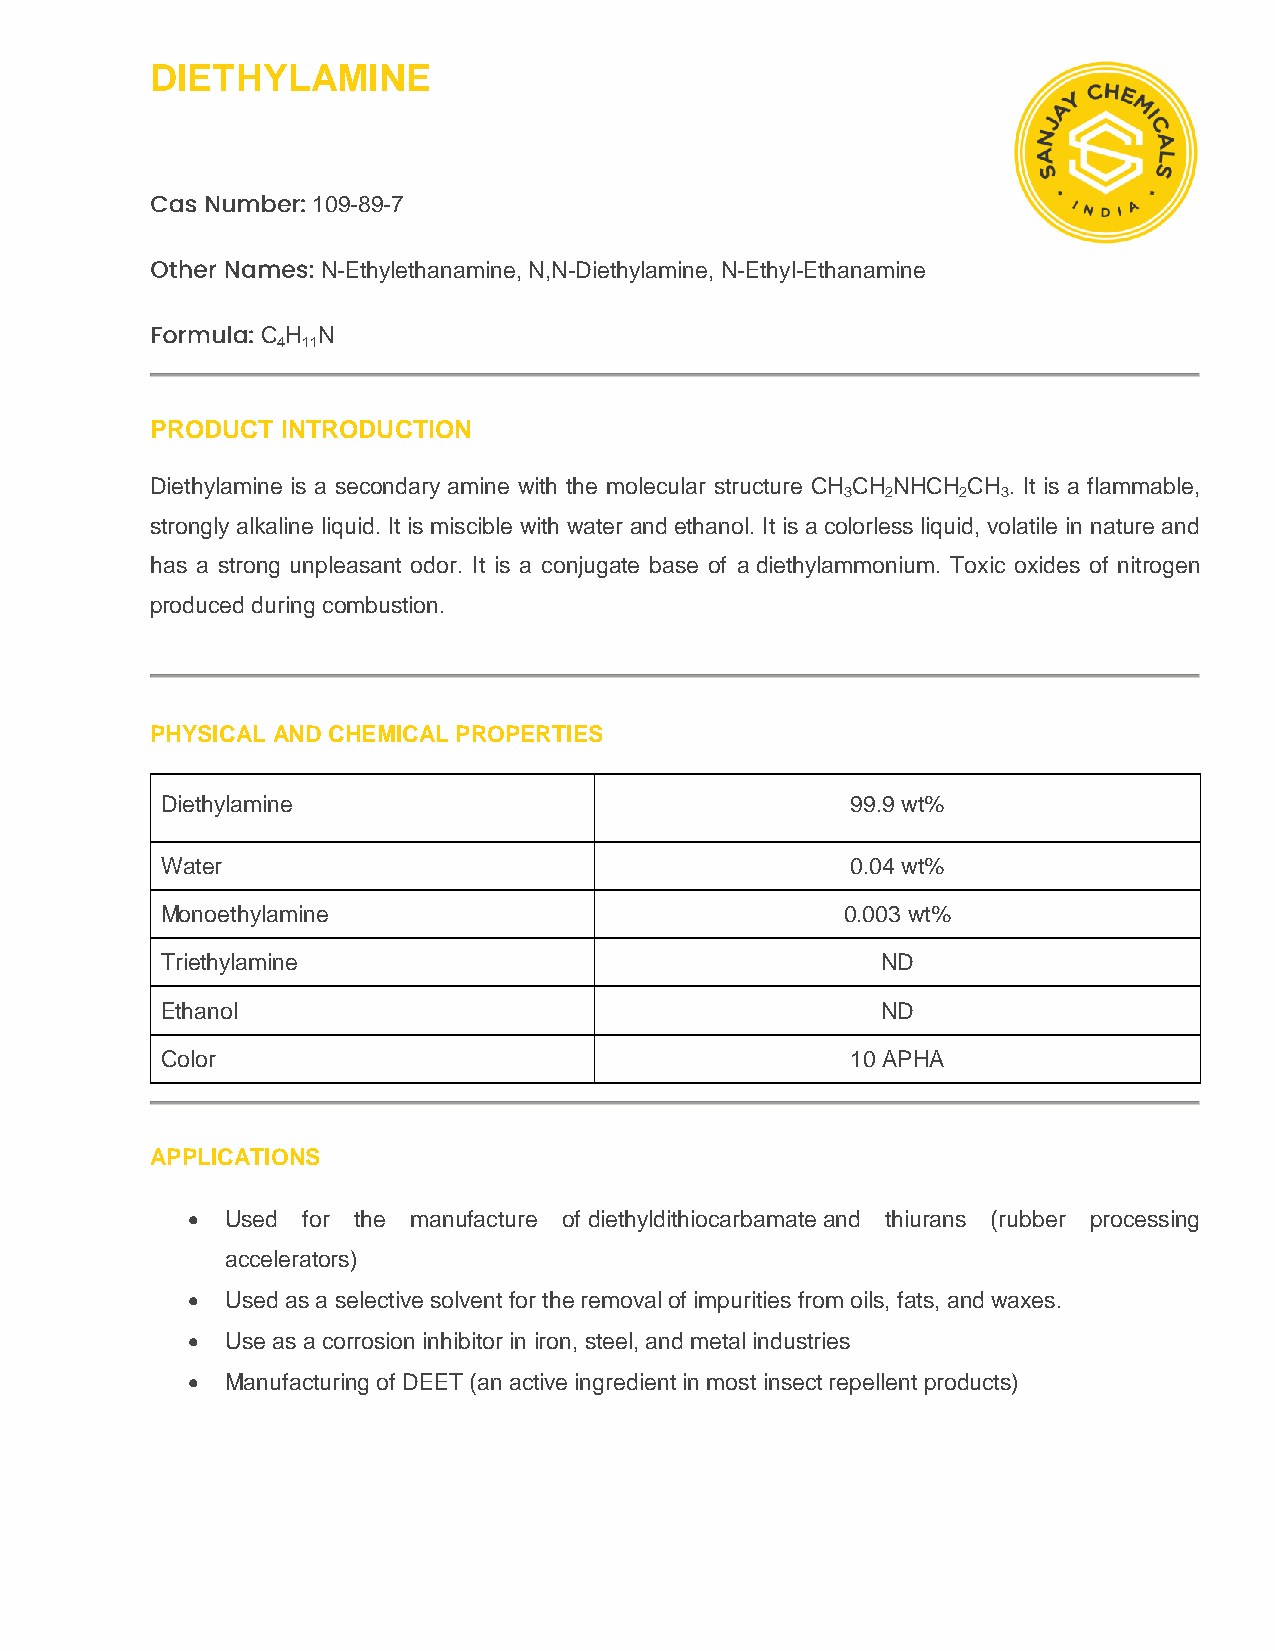
DIETHYLAMINE
 109-89-7
 N-Ethylethanamine, N,N-Diethylamine, N-Ethyl-Ethanamine
 C H N
 4 11
 PRODUCT  INTRODUCTION
 Diethylamine is a secondary amine with the molecular structure CH CH NHCH CH . It is a flammable,
 3  2    2 3
 strongly alkaline liquid. It is miscible with water and ethanol. It is a colorless liquid, volatile in nature and
 has a strong unpleasant odor. It is a conjugate base of a diethylammonium. Toxic oxides of nitrogen
 produced during combustion.
 PHYSICAL AND CHEMICAL PROPERTIES
 Diethylamine                                 99.9 wt%
 Water                                        0.04 wt%
 Monoethylamine                               0.003 wt%
 Triethylamine                                  ND
 Ethanol                                        ND
 Color                                        10 APHA
 APPLICATIONS
   Used for the manufacture of diethyldithiocarbamate and thiurans (rubber processing
 accelerators)
   Used as a selective solvent for the removal of impurities from oils, fats, and waxes.
   Use as a corrosion inhibitor in iron, steel, and metal industries
   Manufacturing of DEET (an active ingredient in most insect repellent products)